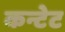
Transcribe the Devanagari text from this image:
कन्टेट